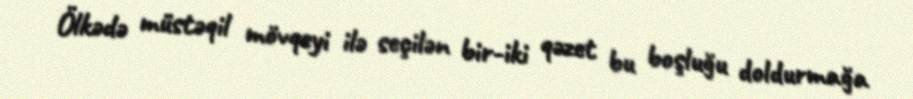
Ölkədə müstəqil mövqeyi ilə seçilən bir-iki qəzet bu boşluğu doldurmağa